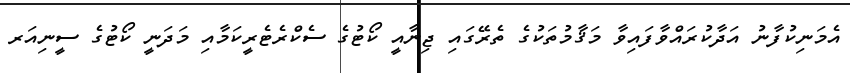
އެމަނިކުފާނު އަދާކުރައްވާފައިވާ މަޤާމުތަކުގެ ތެރޭގައި ޖިނާއީ ކޯޓުގެ ސެކްރެޓެރީކަމާއި މަދަނީ ކޯޓުގެ ސީނިއަރ